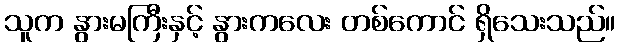
သူက နွားမကြီးနှင့် နွားကလေး တစ်ကောင် ရှိသေးသည်။